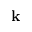
\textbf { k }